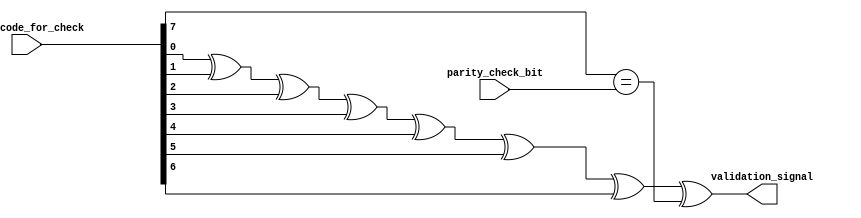
module Parity_Checker(
		input 		[7 : 0]									scan_code_for_check,
		input    	  												parity_check_bit,
		output  													  validation_signal
	);
	
	assign validation_signal = (scan_code_for_check[0] ^
										 scan_code_for_check[1] ^
										 scan_code_for_check[2] ^
										 scan_code_for_check[3] ^
										 scan_code_for_check[4] ^
										 scan_code_for_check[5] ^
										 scan_code_for_check[6] ^
										 scan_code_for_check[7] ==
										 parity_check_bit
										);
endmodule